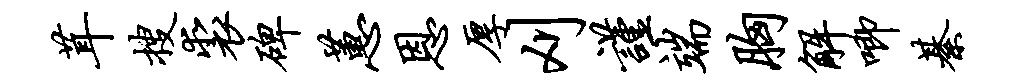
茸搜裘碑蕙恩厚刈谨端胸解唧綦